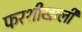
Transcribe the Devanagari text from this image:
फरशीखाली